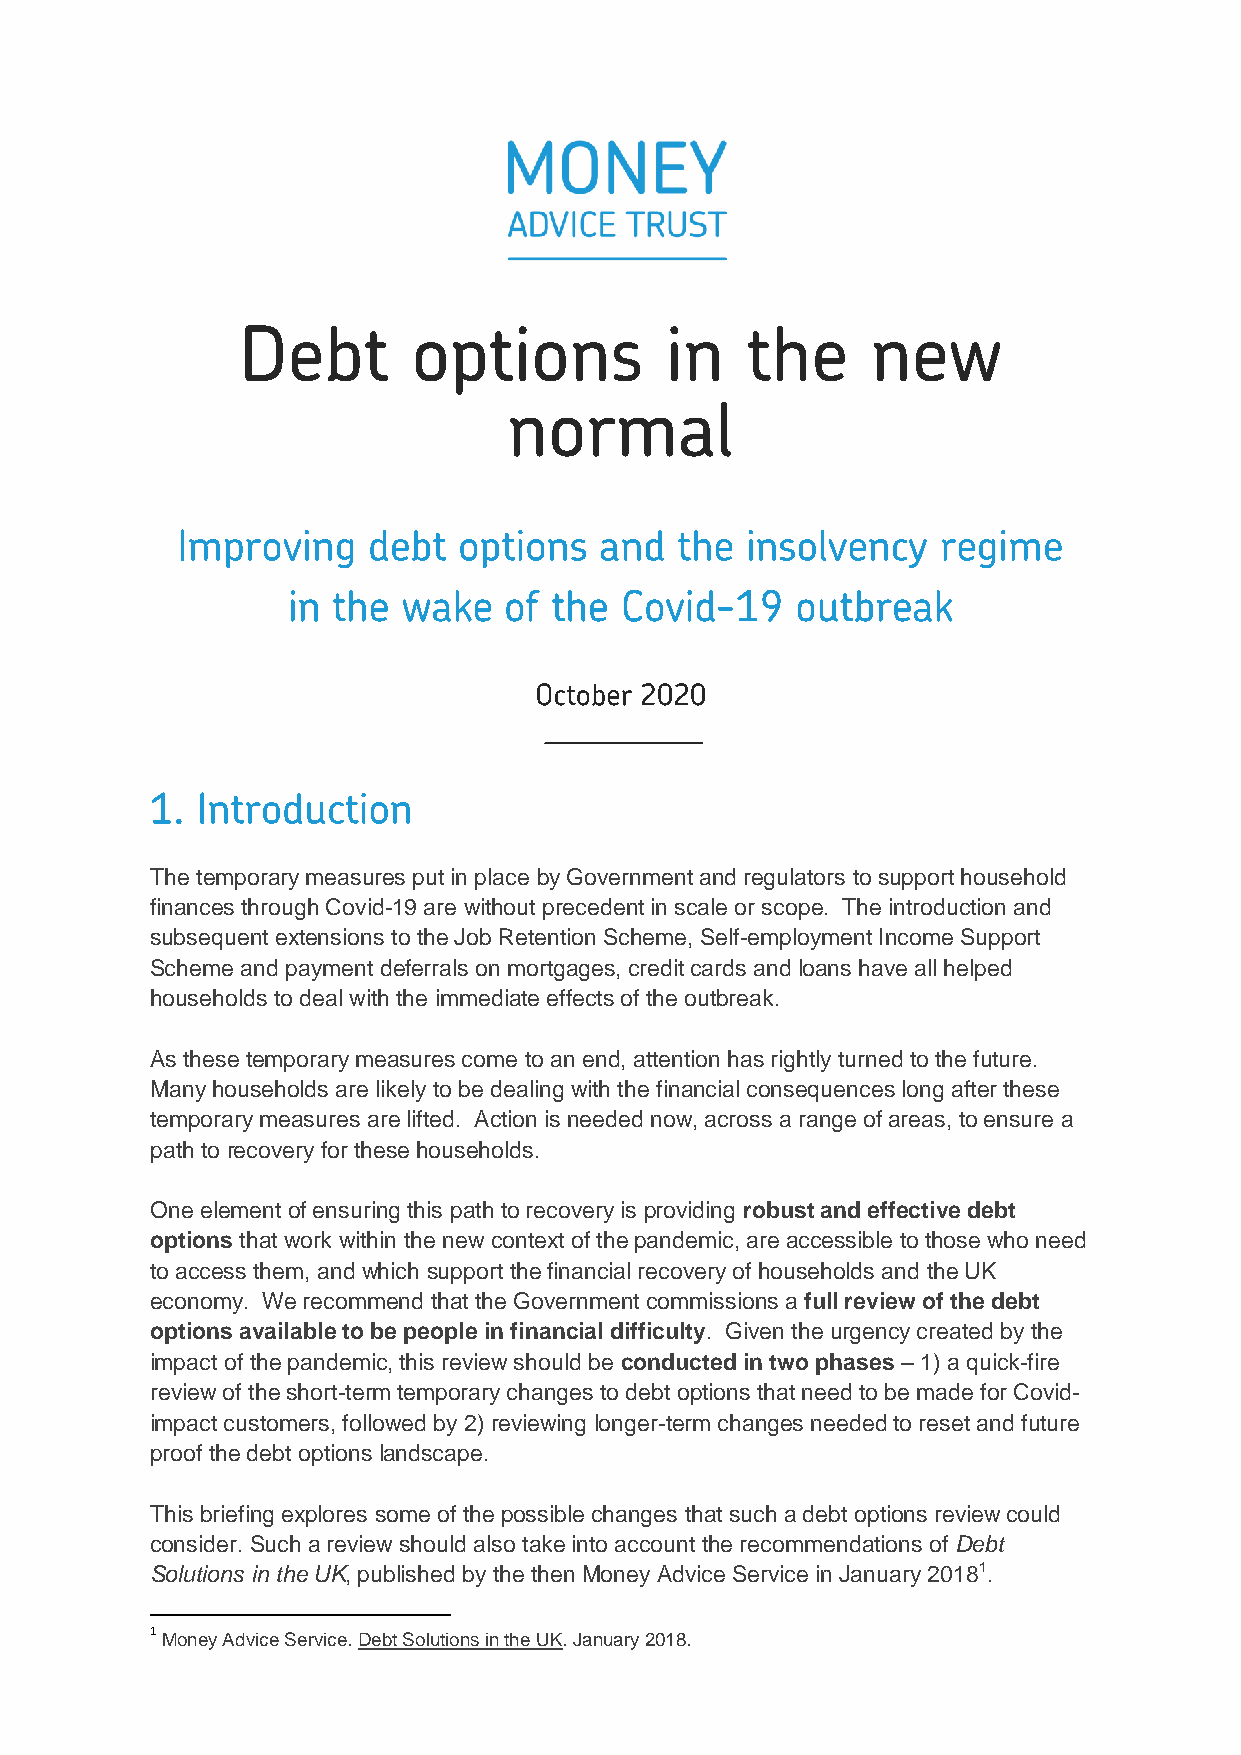
The temporary measures put in place by Government and regulators to support household
 finances through Covid-19 are without precedent in scale or scope. The introduction and
 subsequent extensions to the Job Retention Scheme, Self-employment Income Support
 Scheme and payment deferrals on mortgages, credit cards and loans have all helped
 households to deal with the immediate effects of the outbreak.
 As these temporary measures come to an end, attention has rightly turned to the future.
 Many households are likely to be dealing with the financial consequences long after these
 temporary measures are lifted. Action is needed now, across a range of areas, to ensure a
 path to recovery for these households.
 One element of ensuring this path to recovery is providing robust and effective debt
 options that work within the new context of the pandemic, are accessible to those who need
 to access them, and which support the financial recovery of households and the UK
 economy. We recommend that the Government commissions a full review of the debt
 options available to be people in financial difficulty. Given the urgency created by the
 impact of the pandemic, this review should be conducted in two phases – 1) a quick-fire
 review of the short-term temporary changes to debt options that need to be made for Covid-
 impact customers, followed by 2) reviewing longer-term changes needed to reset and future
 proof the debt options landscape.
 This briefing explores some of the possible changes that such a debt options review could
 consider. Such a review should also take into account the recommendations of Debt
 Solutions in the UK, published by the then Money Advice Service in January 20181.
 1 Money Advice Service. Debt Solutions in the UK. January 2018.